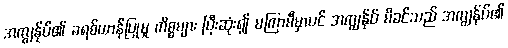
အကျွန်ုပ်၏ ခရစ်ယာန်ပြုမှု ကိစ္စများ ပြီးဆုံး၍ မကြာမီမှာပင် အကျွန်ုပ် မိခင်သည် အကျွန်ုပ်၏